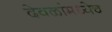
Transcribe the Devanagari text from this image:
देवळांमध्येच